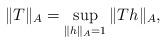
LaTeX: \begin{align*} \|T\|_A=\sup_{\|h\|_A=1}\|Th\|_A, \end{align*}